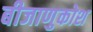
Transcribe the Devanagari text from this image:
बीजाणुकोश